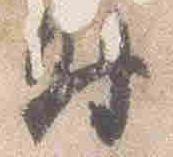
時